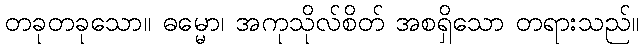
တခုတခုသော။ ဓမ္မော၊ အကုသိုလ်စိတ် အစရှိသော တရားသည်။